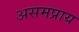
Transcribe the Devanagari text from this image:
असमप्राय